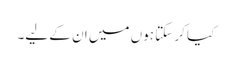
کیا کر سکتا ہوں میں ان کے لیے۔